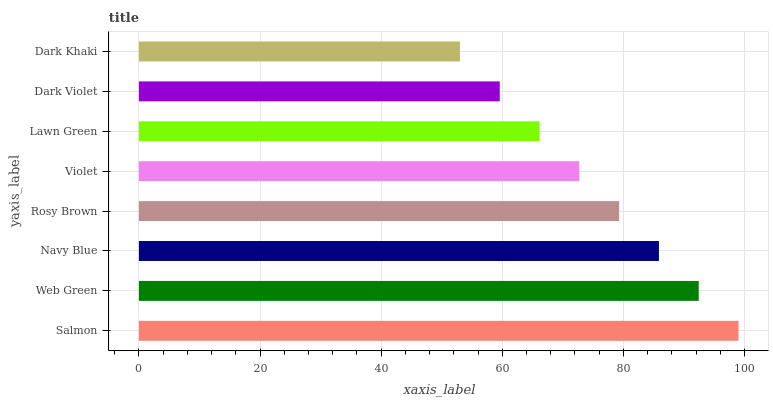
| yaxis_label | bars |
 | --- | --- |
 | Salmon | 99 |
 | Web Green | 92.4 |
 | Navy Blue | 85.9 |
 | Rosy Brown | 79.3 |
 | Violet | 72.7 |
 | Lawn Green | 66.1 |
 | Dark Violet | 59.6 |
 | Dark Khaki | 53 |